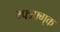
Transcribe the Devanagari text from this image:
ग्फ्ज्फ्ग्क